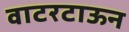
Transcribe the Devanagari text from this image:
वाटरटाऊन